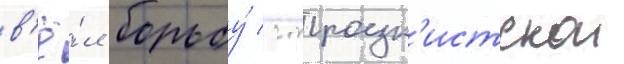
в'ё́л борьбу́ с троцк'истскои